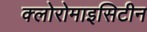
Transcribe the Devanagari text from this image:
क्लोरोमाइसिटीन